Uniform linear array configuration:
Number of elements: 12
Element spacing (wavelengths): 0.5
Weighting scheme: cosine
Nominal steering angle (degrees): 60
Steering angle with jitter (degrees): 60.65
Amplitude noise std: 0.05
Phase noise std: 0.05

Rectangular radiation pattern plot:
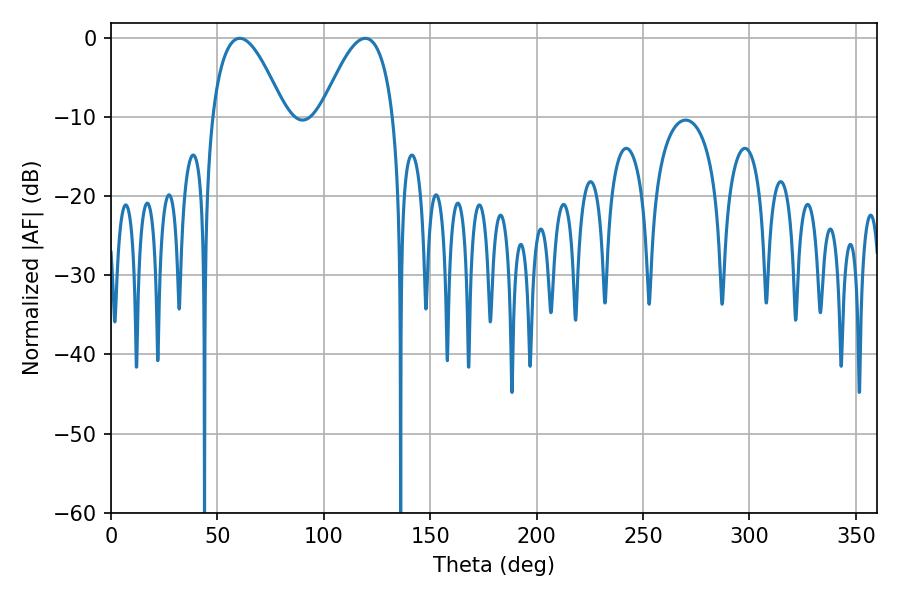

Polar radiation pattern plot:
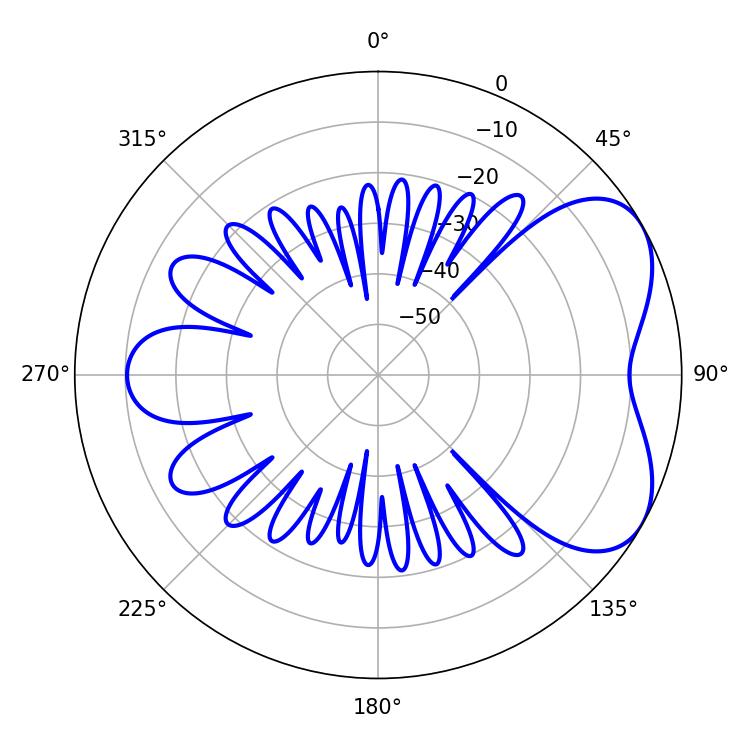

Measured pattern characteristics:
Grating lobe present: FALSE
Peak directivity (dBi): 5.254
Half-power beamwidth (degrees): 18.54
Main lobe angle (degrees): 60.48